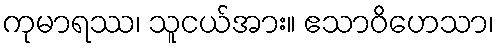
ကုမာရဿ၊ သူငယ်အား။ ဧသာဝိဟေသာ၊